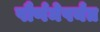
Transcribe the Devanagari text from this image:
पौर्णमेपर्यंत